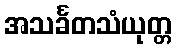
အသင်္ခတသံယုတ္တ